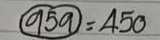
(959) = 450